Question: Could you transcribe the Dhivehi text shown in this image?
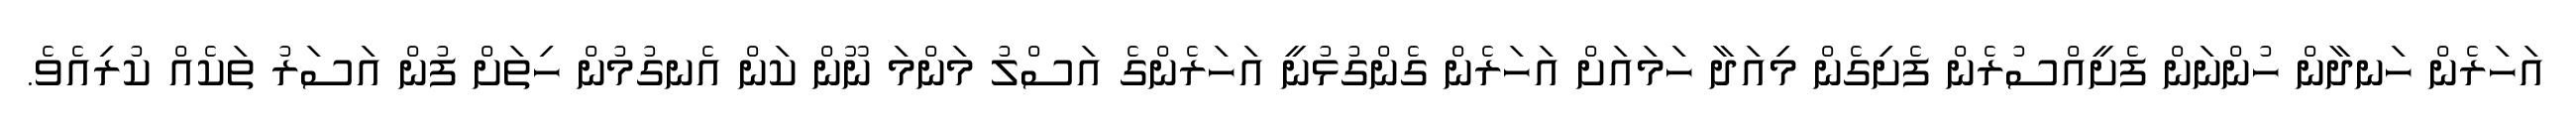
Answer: އަހަރެން ހަނދާން ހުންނަން ފެށީއްސުރެން ފެށިގެން މިއަދާ ހަމައަށް އަހަރެން ގެންގުޅުނީ އަހަރެންގެ އަސްލު މަންމަ ނޫން ކަން އެނގުމުން ހިތަށް ފުން އަސަރު ތަކެއް ކުރިއެވެ.